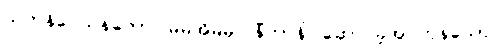
သကနိဝေသနတော၊ မိမိအိမ်မှ။ နီတာနိ၊ ဆောင်ခဲ့အပ်ကုန်သော။